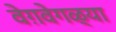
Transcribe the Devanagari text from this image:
वेग़वेगळ्या